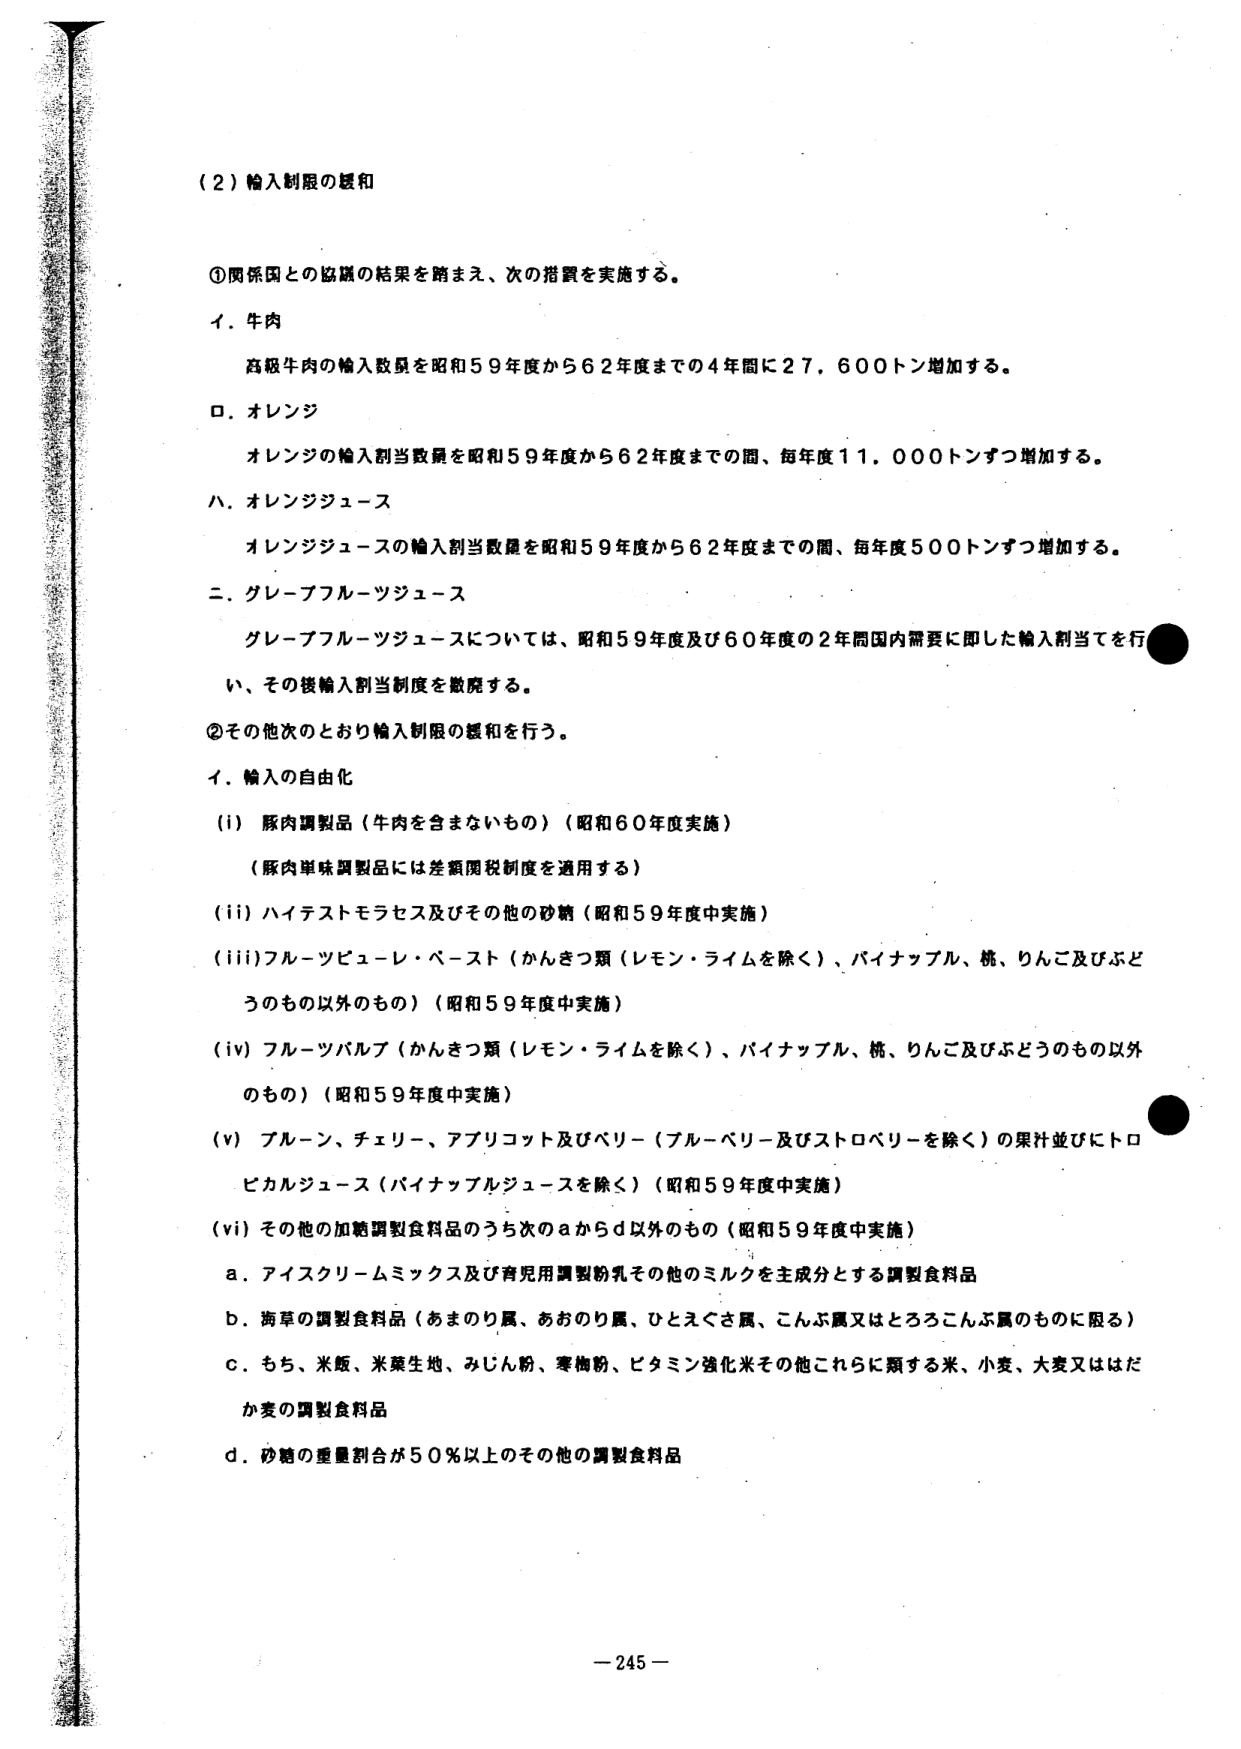
（２）輸入制限の緩和

①関係国との協議の結果を踏まえ、次の措置を実施する。

イ．牛肉
　高級牛肉の輸入数量を昭和５９年度から６２年度までの４年間に２７，６００トン増加する。

ロ．オレンジ
　オレンジの輸入割当数量を昭和５９年度から６２年度までの間、毎年度１１，０００トンずつ増加する。

ハ．オレンジジュース
　オレンジジュースの輸入割当数量を昭和５９年度から６２年度までの間、毎年度５００トンずつ増加する。

ニ．グレープフルーツジュース
　グレープフルーツジュースについては、昭和５９年度及び６０年度の２年間国内需要に即した輸入割当てを行う。
　い、その後輸入割当制度を撤廃する。

②その他次のとおり輸入制限の緩和を行う。

イ．輸入の自由化

（i）豚肉調製品（牛肉を含まないもの）（昭和６０年度実施）
　（豚肉単味調製品には差額関税制度を適用する）

（ii）ハイテストモラセス及びその他の砂糖（昭和５９年度中実施）

（iii）フルーツピューレ・ペースト（かんきつ類（レモン・ライムを除く）、パイナップル、桃、りんご及びぶどうのもの以外のもの）（昭和５９年度中実施）

（iv）フルーツパルプ（かんきつ類（レモン・ライムを除く）、パイナップル、桃、りんご及びぶどうのもの以外のもの）（昭和５９年度中実施）

（v）プルーン、チェリー、アプリコット及びベリー（ブルーベリー及びストロベリーを除く）の果汁並びにトロピカルジュース（パイナップルジュースを除く）（昭和５９年度中実施）

（vi）その他の加糖調製食料品のうち次のaからd以外のもの（昭和５９年度中実施）
　a．アイスクリームミックス及び育児用調製粉乳その他のミルクを主成分とする調製食料品
　b．海草の調製食料品（あまのり属、あおのり属、ひとえぐさ属、こんぶ属又はところこんぶ属のものに限る）
　c．もち、米飯、米菓生地、みじん粉、寒梅粉、ビタミン強化米その他これらに類する米、小麦、大麦又ははだか麦の調製食料品
　d．砂糖の重量割合が５０％以上のその他の調製食料品

－245－